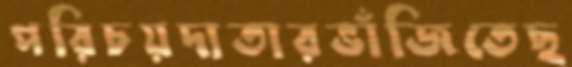
পরিচয়দাতারভাঁজিতেছ